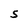
Character: S